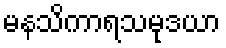
မနသိကာရသမုဒယာ